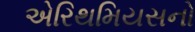
એરિથમિયસનો